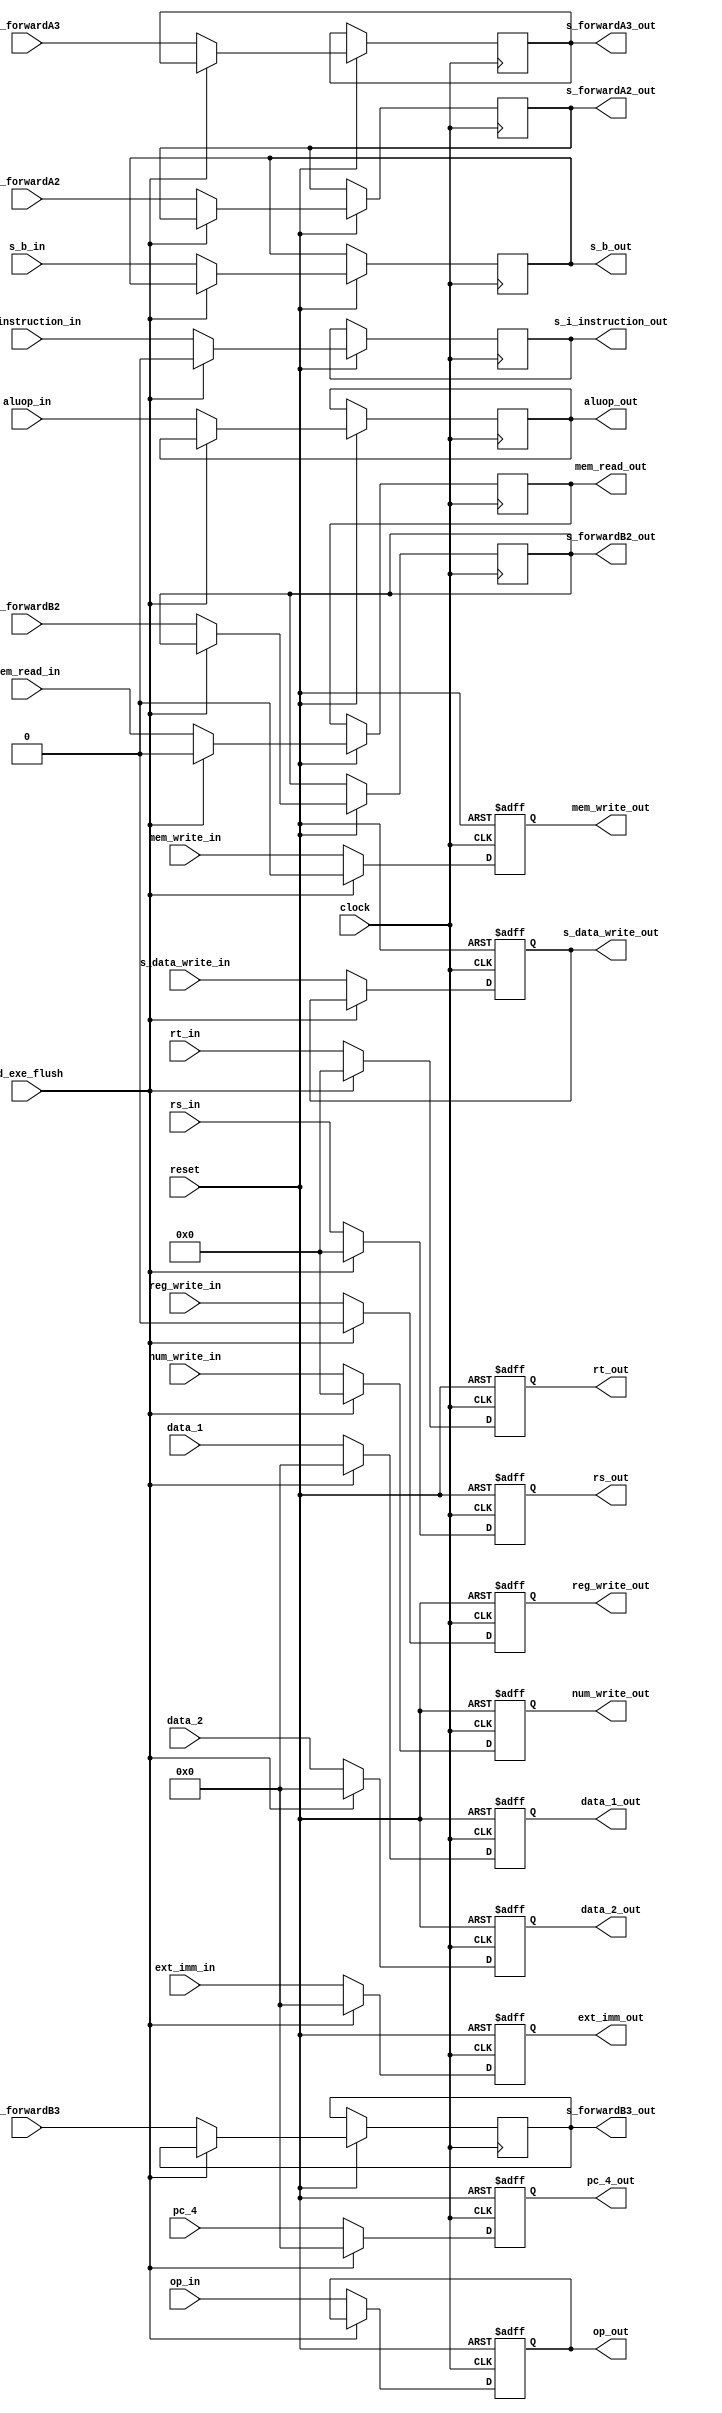
module id_exe (
            input clock,
            input reset,
            input id_exe_flush,
            input mem_write_in,
            input mem_read_in,
            input reg_write_in,
            input s_i_instruction_in,
            input s_b_in,
            input [31:0] pc_4,
            input [3:0] aluop_in,
            input [4:0] rs_in,
            input [4:0] rt_in,
            input [1:0] s_data_write_in,
            input [31:0] data_1,
            input [31:0] data_2,
            input [31:0] ext_imm_in,
            input [4:0] num_write_in,
            input [1:0] s_forwardA3,
            input [1:0] s_forwardB3,
            input [1:0] s_forwardA2,
            input [1:0] s_forwardB2,
            input [5:0] op_in,
            output reg [5:0] op_out,
            output reg [1:0] s_forwardA2_out,
            output reg [1:0] s_forwardB2_out,
            output reg s_i_instruction_out,
            output reg s_b_out,
            output reg reg_write_out,
            output reg mem_write_out,
            output reg mem_read_out,
            output reg [1:0] s_forwardB3_out,
            output reg [1:0] s_forwardA3_out,
            output reg [3:0] aluop_out,
            output reg [1:0] s_data_write_out, 
            output reg [31:0] pc_4_out,
            output reg [31:0] data_1_out,
            output reg [31:0] data_2_out,
            output reg [31:0] ext_imm_out,
            output reg [4:0] num_write_out,
            output reg [4:0] rs_out,
            output reg [4:0] rt_out
               );
    
    always@(posedge clock,negedge reset)
        if (!reset )
            begin
                pc_4_out = {32{1'b0}};
                data_1_out = {32{1'b0}};
                data_2_out = {32{1'b0}};
                ext_imm_out = {32{1'b0}};
                num_write_out={5{1'b0}}; 
                reg_write_out=0;
                mem_write_out=0;
                s_data_write_out=2'b00;
                rs_out = 5'b00000;
                rt_out = 5'b00000;
                op_out = 0;
            end
        else if (id_exe_flush)
            begin
                mem_read_out <= 0;
                reg_write_out <= 0;
                // aluop_out <= `ALUOP_NOP;
                rs_out <= {5{1'b0}};
                rt_out <= {5{1'b0}};
                pc_4_out <= {32{1'b0}};
                data_1_out <= {32{1'b0}};
                data_2_out <= {32{1'b0}};
                ext_imm_out <= {32{1'b0}};
                num_write_out <= {5{1'b0}};
                mem_write_out <= 0;
                s_i_instruction_out <= 0;
            end
        else
            begin
                mem_read_out <= mem_read_in;
                rs_out<=rs_in;
                rt_out<=rt_in;
                reg_write_out <=reg_write_in;
                s_b_out<=s_b_in;
                s_data_write_out<=s_data_write_in;
                mem_write_out<=mem_write_in;
                pc_4_out      <= pc_4;
                data_1_out    <= data_1;
                data_2_out    <= data_2;
                ext_imm_out   <= ext_imm_in;
                num_write_out <= num_write_in;
                aluop_out<=aluop_in;
                s_forwardA3_out <= s_forwardA3;
                s_forwardB3_out <= s_forwardB3;
                s_i_instruction_out <= s_i_instruction_in;
                s_forwardA2_out <= s_forwardA2;
                s_forwardB2_out <= s_forwardB2;
                op_out<=op_in;
            end
    
endmodule